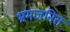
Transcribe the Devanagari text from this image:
भ्रमजनित